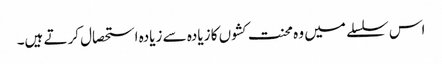
اس سلسلے میں وہ محنت کشوں کا زیادہ سے زیادہ استحصال کرتے ہیں۔